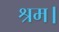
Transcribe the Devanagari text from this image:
श्रम।